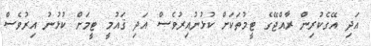
އަދި އޭގެކުރިން ރާއްޖޭގެ ޓީމުތަކަށް ކުޅުނުއިރުވެސް އަދި ޤައުމީ ޓީމަށް ކުޅުނު އިރުވެސް